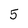
Character: 5